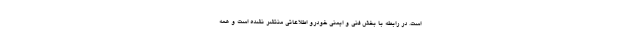
است. در رابطه با بخش فنی و ایمنی خودرو اطلاعاتی منتشر نشده است و همه